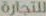
للتجارة